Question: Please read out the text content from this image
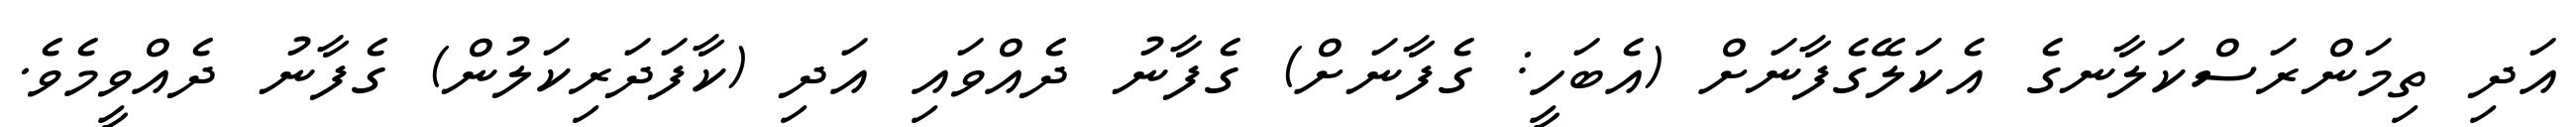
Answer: އަދި ތިމަންރަސްކަލާނގެ އެކަލޭގެފާނަށް (އެބަހީ: ގެފާނަށް) ގެފާނު ދެއްވައި އަދި (ކާފަދަރިކަލުން) ގެފާނު ދެއްވީމެވެ.